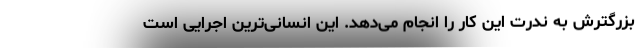
بزرگترش به ندرت این کار را انجام می‌دهد. این انسانی‌ترین اجرایی است